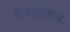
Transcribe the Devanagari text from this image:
मैनरहाइम